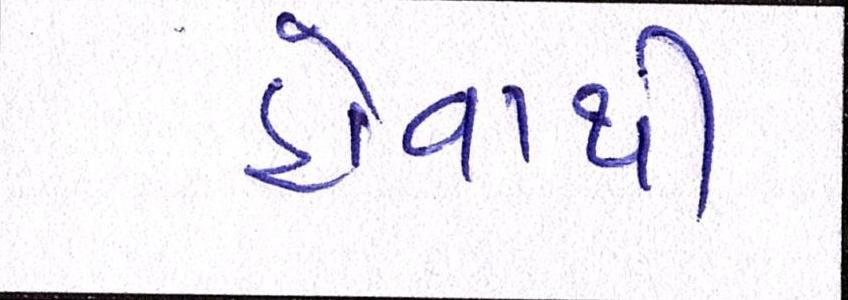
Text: હોવાથી